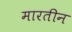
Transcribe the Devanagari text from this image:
मारतीन